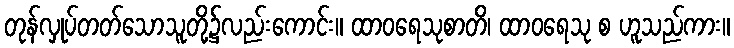
တုန်လှုပ်တတ်သောသူတို့၌လည်းကောင်း။ ထာဝရေသုစာတိ၊ ထာဝရေသု စ ဟူသည်ကား။